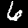
Label: 6